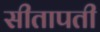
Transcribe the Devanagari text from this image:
सीतापती